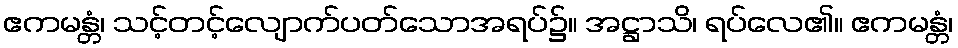
ဧကမန္တံ၊ သင့်တင့်လျောက်ပတ်သောအရပ်၌။ အဋ္ဌာသိ၊ ရပ်လေ၏။ ဧကမန္တံ၊